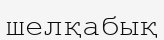
шелқабық